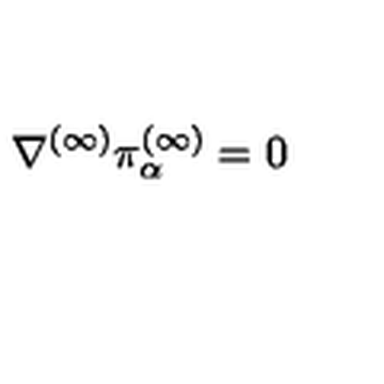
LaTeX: \nabla ^ { ( \infty ) } \pi _ { \alpha } ^ { ( \infty ) } = 0